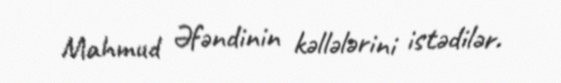
Mahmud Əfəndinin kəllələrini istədilər.